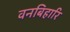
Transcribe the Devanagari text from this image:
वनबिहारि